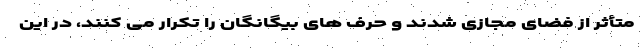
متأثر از فضای مجازی شدند و حرف های بیگانگان را تکرار می کنند، در این